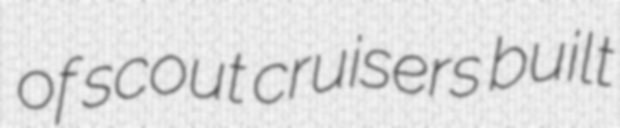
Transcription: of scout cruisers built